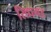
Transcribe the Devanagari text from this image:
सिधगड